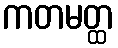
ကတမတ္ထ